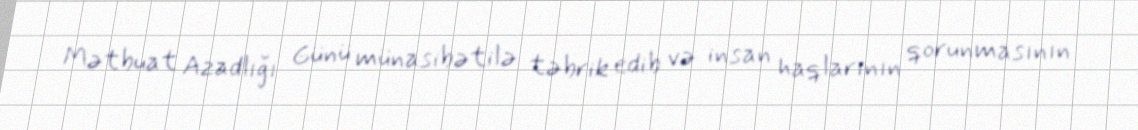
Mətbuat Azadlığı Günü münasibətilə təbrik edib və insan haqlarının qorunmasının